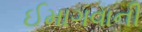
ઈમાગવાની